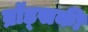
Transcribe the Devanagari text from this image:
ब्रॉड्सकी